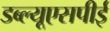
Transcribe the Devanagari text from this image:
डब्ल्यूएसपीई